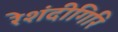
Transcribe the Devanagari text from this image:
रेशंदीगिरि